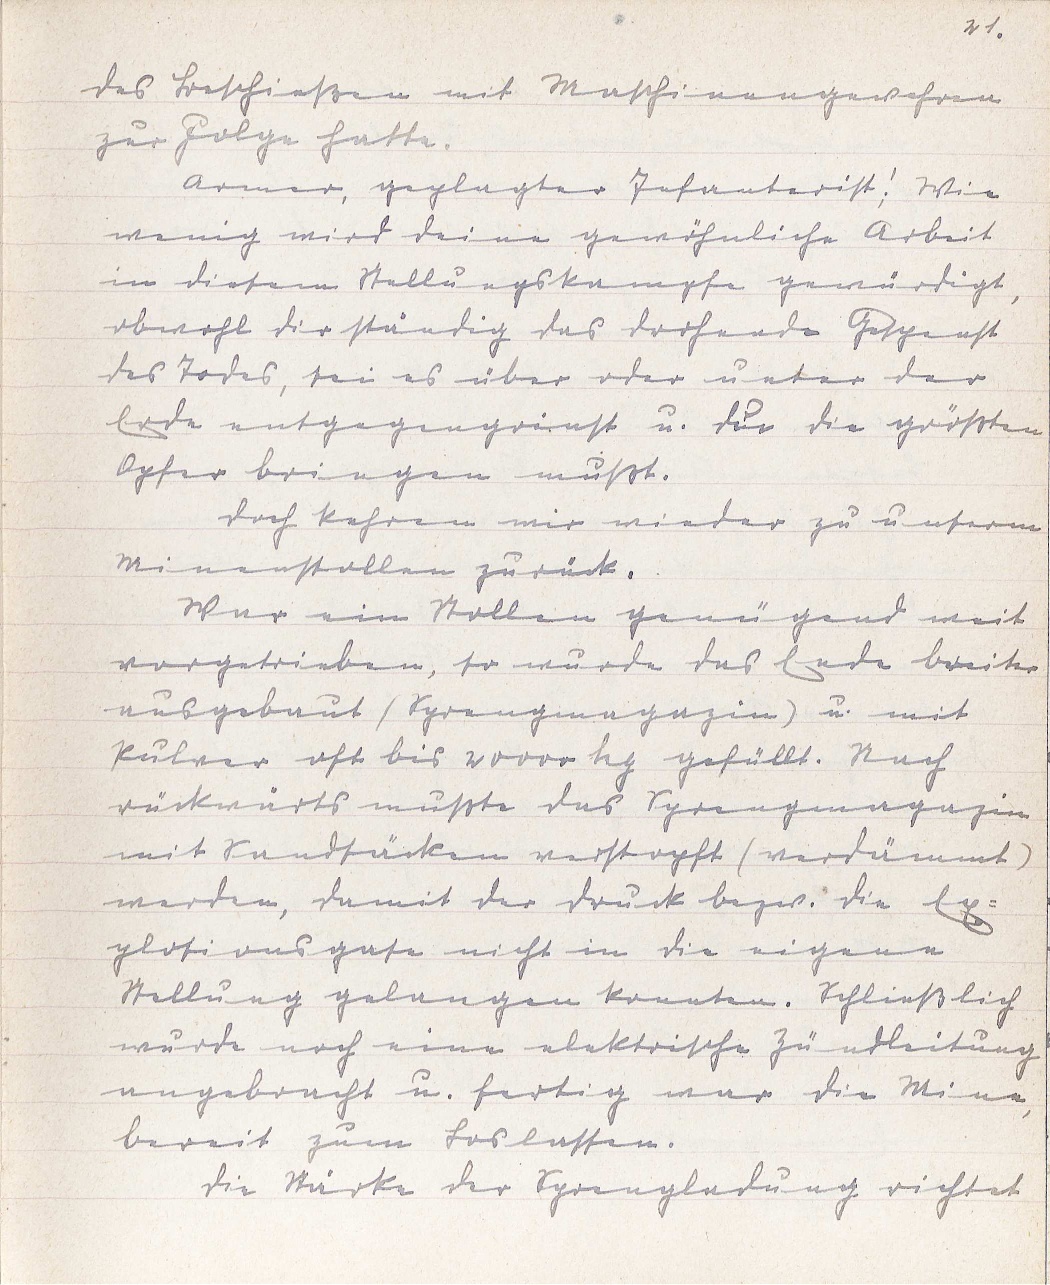
21.
des Beschießen mit Maschinengewehren
zur Folge hatte.
Armer, geplagter Infanterist! Wie
wenig wird deine gewöhnliche Arbeit
in diesem Stellungskampfe gewürdigt,
obwohl dir ständig das drohende Gespenst
des Todes, sei es über oder unter der
Erde entgegengrinst u. du die größten
Opfer bringen mußt.
Doch kehren wir wieder zu unserm
Minenstollen zurück.
War ein Stollen genügend weit
vorgetrieben, so wurde das Ende breiter
ausgebaut (Sprengmagazin) u. mit
Pulver oft bis 20000 kg gefüllt. Nach
rückwärts mußte das Sprengmagazin
mit Sandsäcken verstopft (verdämmt)
werden, damit der Druck bezw. die Ex¬
plosionsgase nicht in die eigene
Stellung gelangen konnten. Schließlich
wurde noch eine elektrische Zündleitung
angebracht u. fertig war die Mine,
bereit zum Loslassen.
Die Stärke der Sprengladung richtet